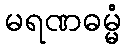
မရဏဓမ္မံ